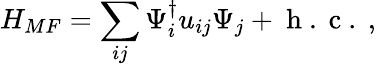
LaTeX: H_{MF}=\sum_{ij}\Psi_{i}^{\dagger}u_{ij}\Psi_{j}+\mathrm{~h~.~c~.~},